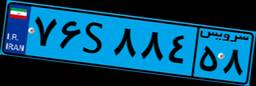
۷۶S۸۸۴۵۸